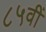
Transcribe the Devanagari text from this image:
८५वीं